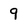
Character: 9